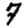
Digit: 7